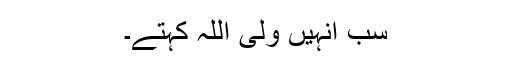
سب انہیں ولی اللہ کہتے۔